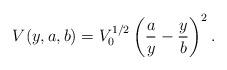
LaTeX: \begin{align*}V(y,a,b)=V_{0}^{1/2}\left(\frac{a}{y}-\frac{y}{b}\right)^{2}.\end{align*}